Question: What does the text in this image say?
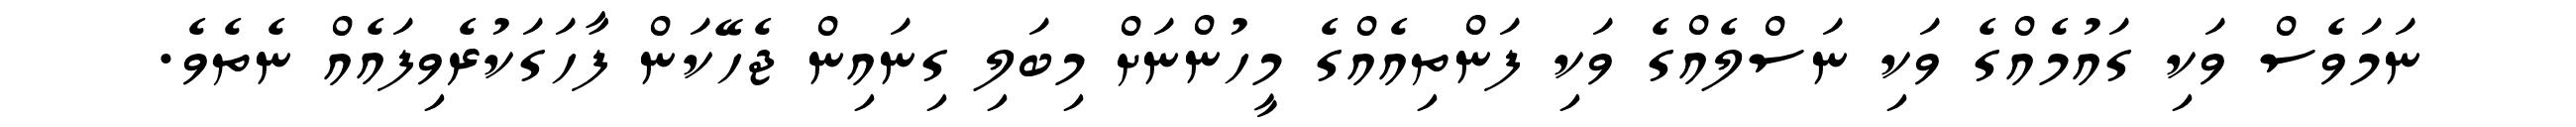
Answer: ނަމަވެސް ވަކި ގައުމެއްގެ ވަކި ނަސްލެއްގެ ވަކި ފަންތިއެއްގެ މީހުންނަށް މިބަލި ގިނައިން ޖެހޭކަން ފާހަގަކުރެވިފައެއް ނެތެވެ.